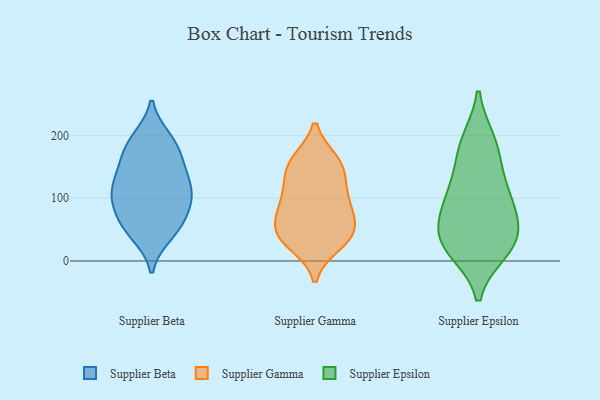
{"axis": {"x": "Demand Index", "y": "Value"}, "legend": ["Supplier Beta", "Supplier Epsilon", "Supplier Gamma"], "data": [{"x": "", "y": 162, "type": "Supplier Beta"}, {"x": "", "y": 97, "type": "Supplier Beta"}, {"x": "", "y": 69, "type": "Supplier Beta"}, {"x": "", "y": 99, "type": "Supplier Beta"}, {"x": "", "y": 195, "type": "Supplier Beta"}, {"x": "", "y": 42, "type": "Supplier Beta"}, {"x": "", "y": 190, "type": "Supplier Beta"}, {"x": "", "y": 50, "type": "Supplier Beta"}, {"x": "", "y": 76, "type": "Supplier Beta"}, {"x": "", "y": 137, "type": "Supplier Beta"}, {"x": "", "y": 186, "type": "Supplier Beta"}, {"x": "", "y": 105, "type": "Supplier Beta"}, {"x": "", "y": 107, "type": "Supplier Beta"}, {"x": "", "y": 159, "type": "Supplier Beta"}, {"x": "", "y": 122, "type": "Supplier Beta"}, {"x": "", "y": 49, "type": "Supplier Beta"}, {"x": "", "y": 132, "type": "Supplier Beta"}, {"x": "", "y": 96, "type": "Supplier Gamma"}, {"x": "", "y": 155, "type": "Supplier Gamma"}, {"x": "", "y": 154, "type": "Supplier Gamma"}, {"x": "", "y": 51, "type": "Supplier Gamma"}, {"x": "", "y": 132, "type": "Supplier Gamma"}, {"x": "", "y": 79, "type": "Supplier Gamma"}, {"x": "", "y": 44, "type": "Supplier Gamma"}, {"x": "", "y": 40, "type": "Supplier Gamma"}, {"x": "", "y": 107, "type": "Supplier Gamma"}, {"x": "", "y": 39, "type": "Supplier Gamma"}, {"x": "", "y": 81, "type": "Supplier Gamma"}, {"x": "", "y": 28, "type": "Supplier Gamma"}, {"x": "", "y": 158, "type": "Supplier Gamma"}, {"x": "", "y": 97, "type": "Supplier Epsilon"}, {"x": "", "y": 33, "type": "Supplier Epsilon"}, {"x": "", "y": 17, "type": "Supplier Epsilon"}, {"x": "", "y": 42, "type": "Supplier Epsilon"}, {"x": "", "y": 189, "type": "Supplier Epsilon"}, {"x": "", "y": 31, "type": "Supplier Epsilon"}, {"x": "", "y": 122, "type": "Supplier Epsilon"}, {"x": "", "y": 68, "type": "Supplier Epsilon"}, {"x": "", "y": 105, "type": "Supplier Epsilon"}, {"x": "", "y": 73, "type": "Supplier Epsilon"}, {"x": "", "y": 157, "type": "Supplier Epsilon"}, {"x": "", "y": 191, "type": "Supplier Epsilon"}, {"x": "", "y": 16, "type": "Supplier Epsilon"}]}